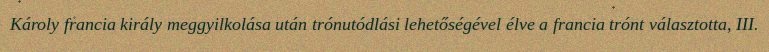
Károly francia király meggyilkolása után trónutódlási lehetőségével élve a francia trónt választotta, III.